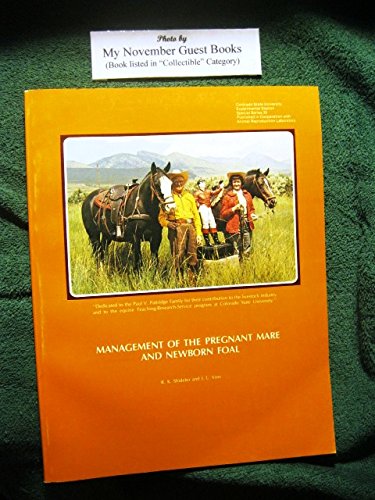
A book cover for Management of the Pregnant Mare and Newborn Foal (Colorado State University, Experimental Station, Special Series, No. 35); R. K Shideler; Medical Books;